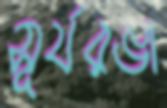
সূর্যরঙা